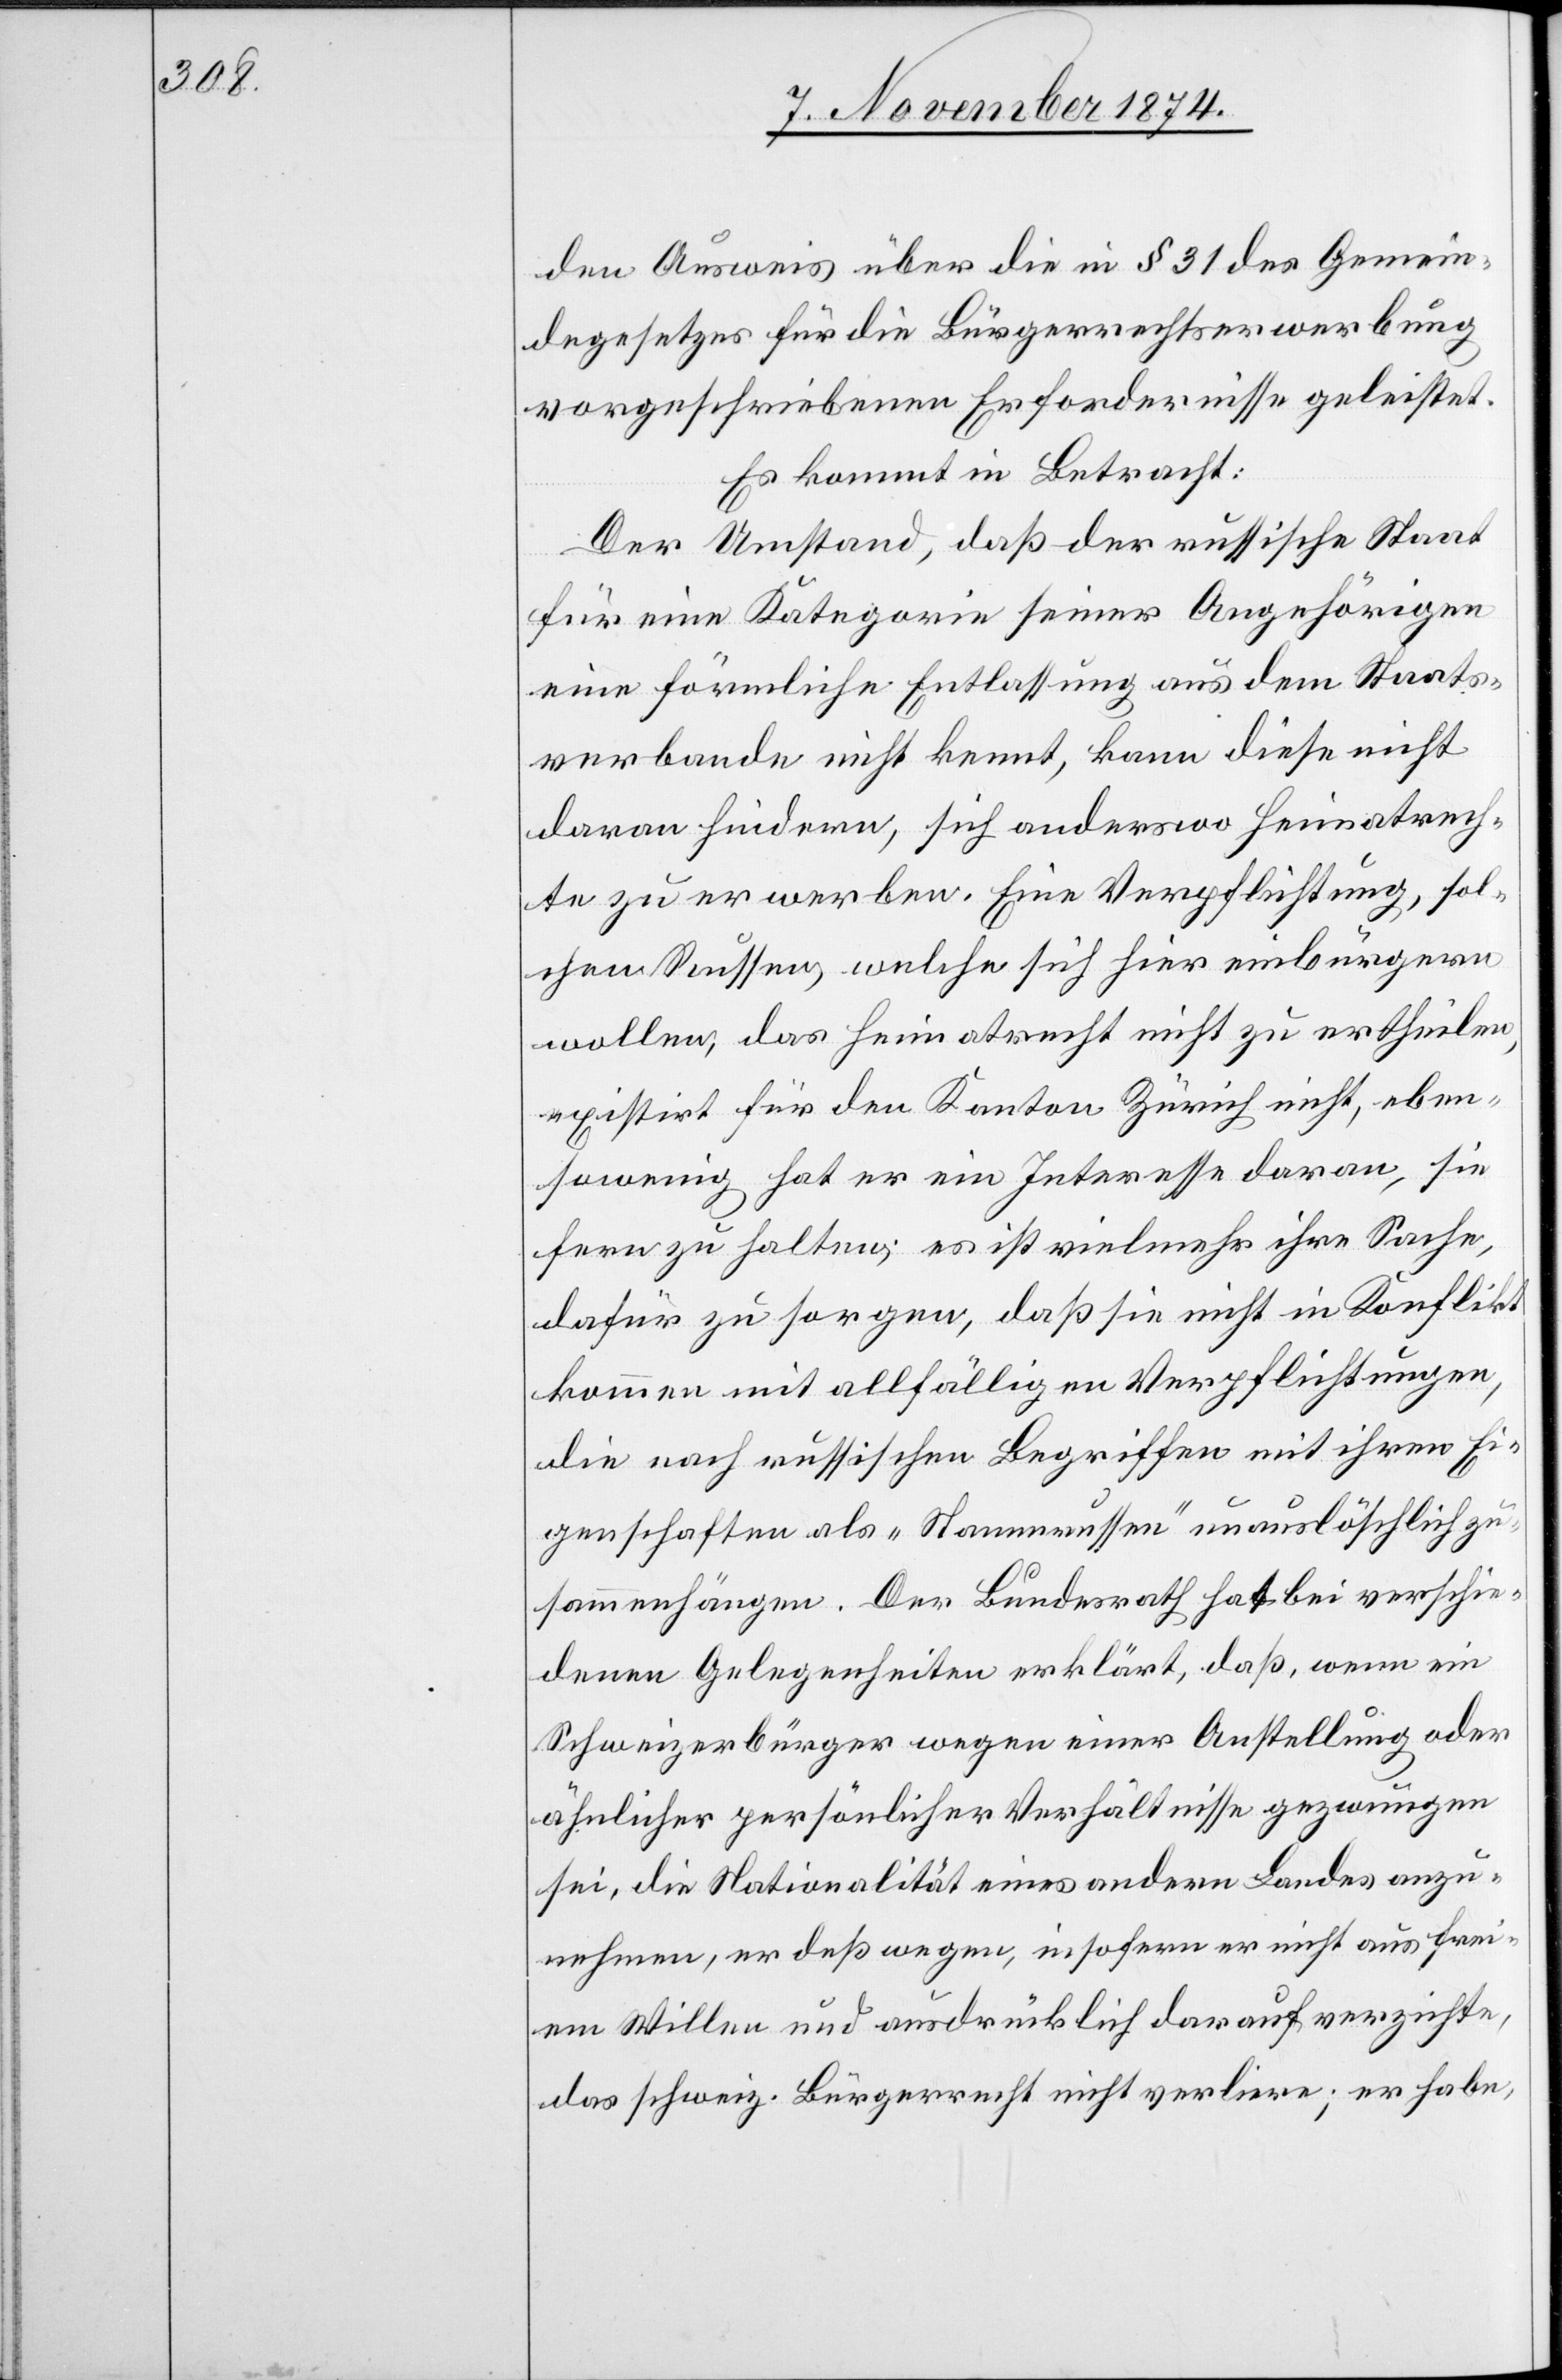
den Ausweis über die in § 31 des Gemein¬
degesetzes für die Bürgerrechtserwerbung
vorgeschriebenen Erfordernisse geleistet.
Es kommt in Betracht:
Der Umstand, daß der russische Staat
für eine Kategorie seiner Angehörigen
eine förmliche Entlassung aus dem Staats¬
verbande nicht kennt, kann diese nicht
daran hindern, sich anderswo Heimatrech¬
te zu erwerben. Eine Verpflichtung, sol¬
chen Russen, welche sich hier einbürgern
wollen, das Heimatrecht nicht zu ertheilen,
existirt für den Kanton Zürich nicht, eben¬
sowenig hat er ein Interesse daran, sie
fern zu halten; es ist vielmehr ihre Sache,
dafür zu sorgen, daß sie nicht in Konflikt
kommen mit allfälligen Verpflichtungen,
die nach russischen Begriffen mit ihren Ei¬
genschaften als „Namenrussen“ unauslöschlich zu¬
sammenhängen. Der Bundesrath hat bei verschie¬
denen Gelegenheiten erklärt, daß, wenn ein
Schweizerbürger wegen einer Anstellung oder
ähnlicher persönlicher Verhältnisse gezwungen
sei, die Nationalität eines andern Landes anzu¬
nehmen, er deßwegen, insofern er nicht aus frei¬
em Willen und ausdrücklich darauf verzichte,
das schweiz. Bürgerrecht nicht verliere; er habe,